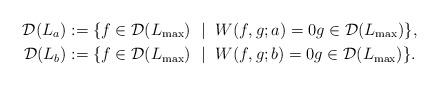
LaTeX: \begin{align*} \mathcal{D}(L_a)&:=\{f\in\mathcal{D}(L_{\max})\ \mid\ W(f,g;a)=0 g\in \mathcal{D}(L_{\max})\},\\ \mathcal{D}(L_b)&:=\{f\in\mathcal{D}(L_{\max})\ \mid\ W(f,g;b)=0 g\in \mathcal{D}(L_{\max})\}. \end{align*}